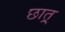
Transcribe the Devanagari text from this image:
छात्र्